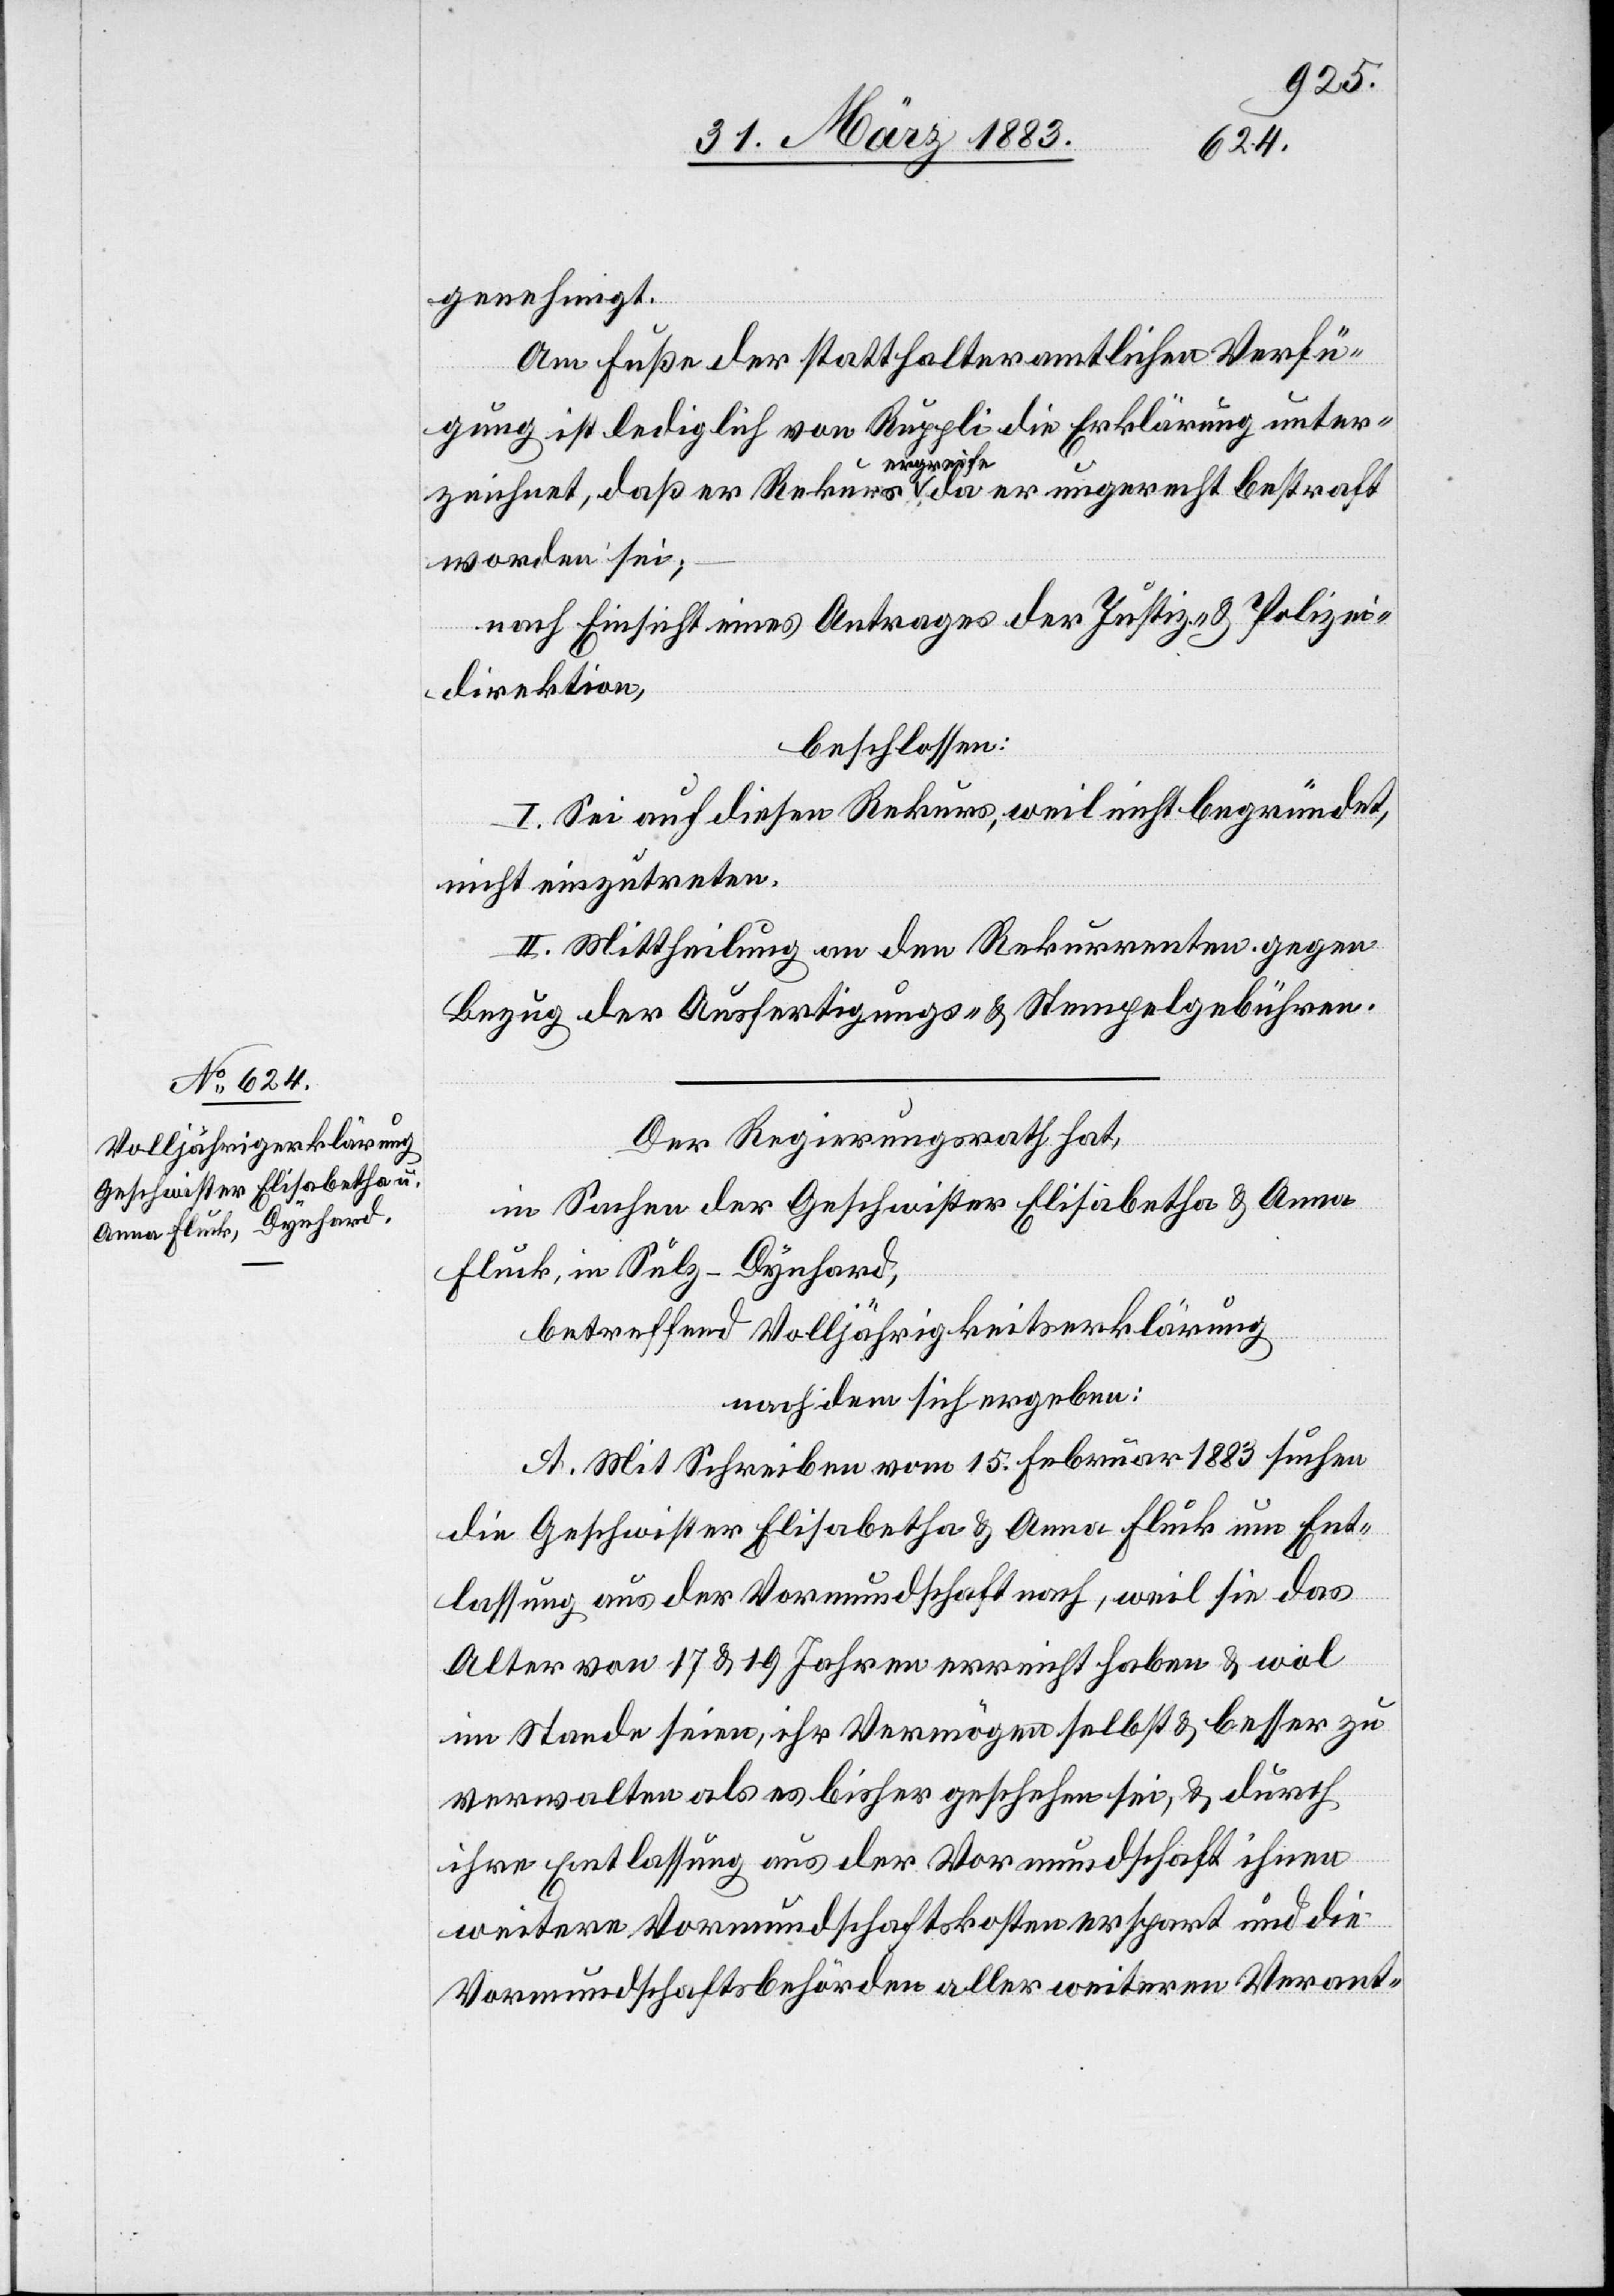
genehmigt.
Am Fuße der statthalteramtlichen Verfü¬
gung ist lediglich von Ruppli die Erklärung unter¬
zeichnet, daß er Rekurs ergreife, da er ungerecht bestraft
woren sei;
nach Einsicht eines Antrages der Justiz- & Polizei¬
direktion,
beschlossen:
I. Sei auf diesen Rekurs, weil nicht begründet,
nicht einzutreten.
II Mittheilung an den Rekurrenten gegen
Bezug der Ausfertigungs- & Stempelgebühren.
Der Regierungsrath hat,
in Sachen der Geschwister Elisabetha & Anna
Fluck, in Sulz - Dynhard,
betreffend Volljährigkeitserklärung,
nachdem sich ergeben:
A. Mit Schreiben vom 15. Februar 1883 suchen
die Geschwister Elisabetha & Anna Fluck um Ent¬
lassung aus der Vormundschaft nach, weil sie das
Alter von 17 & 19 Jahren erreicht haben & wol
im Stande seien, ihr Vermögen selbst & besser zu
verwalten als es bisher geschehen sei, & durch
ihre Entlassung aus der Vormundschaft ihnen
weitere Vormundschaftskosten erspart und die
Vormundschaftsbehörden aller weitern Verant-